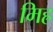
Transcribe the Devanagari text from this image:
मिह्र